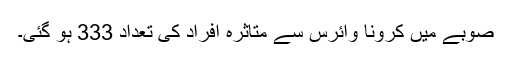
صوبے میں کرونا وائرس سے متاثرہ افراد کی تعداد 333 ہو گئی۔